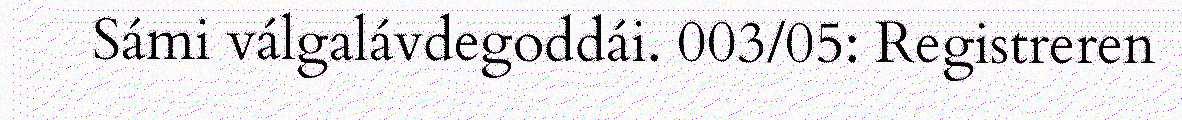
Sámi válgalávdegoddái. 003/05: Registreren